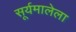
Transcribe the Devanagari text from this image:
सूर्यमालेला